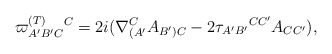
\begin{align*}\varpi _{A^{\prime }B^{\prime }C}^{{\footnotesize (T)}}{}^{C}=2i(\nabla_{(A^{\prime }}^{C}A_{B^{\prime })C}-2\tau _{A^{\prime }B^{\prime}}{}^{CC^{\prime }}A_{CC^{\prime }}), \end{align*}